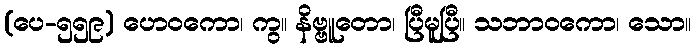
(ပေ-၅၅၉) ဟေဝကော၊ ကွ။ နိဗ္ဗူတော၊ ပြီမူပြီ။ သဘာဝကော၊ သော။